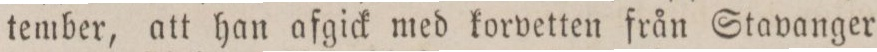
tember, att han afgick med korvetten från Stavanger